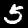
Label: 5